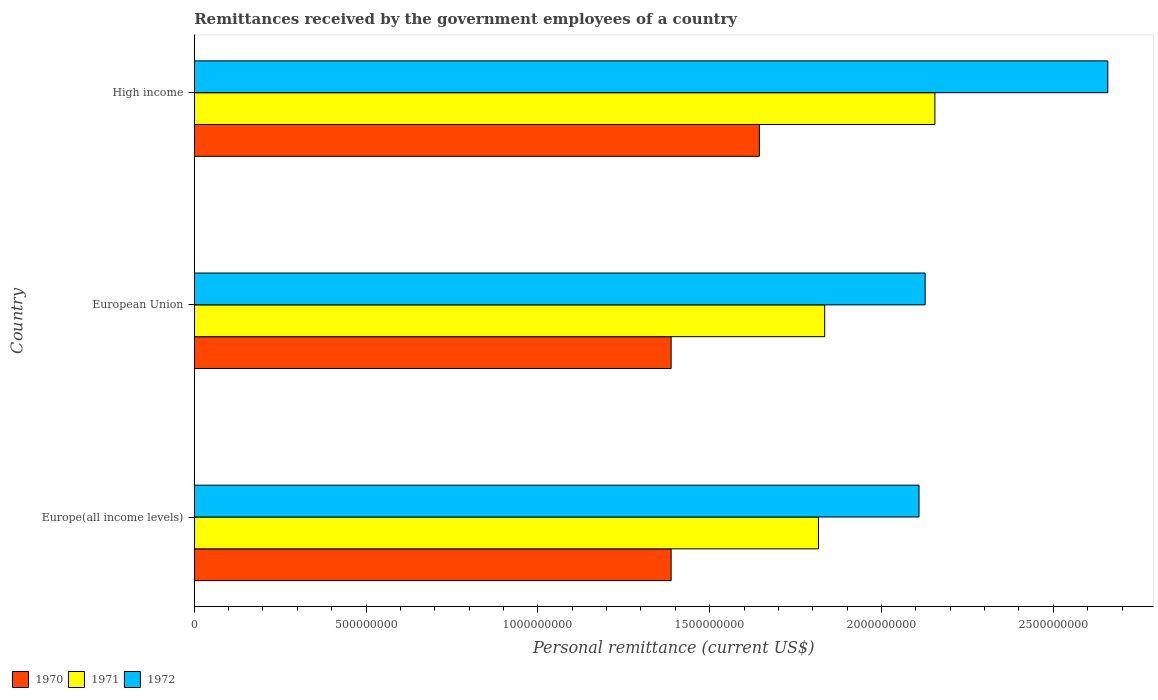
| Country | 1970 | 1971 | 1972 |
 | --- | --- | --- | --- |
 | Europe(all income levels) | 1.39e+09 | 1.82e+09 | 2.11e+09 |
 | European Union | 1.39e+09 | 1.83e+09 | 2.13e+09 |
 | High income | 1.64e+09 | 2.16e+09 | 2.66e+09 |